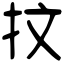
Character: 抆